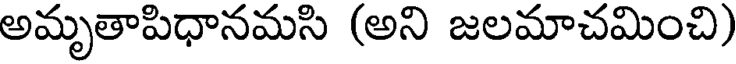
అమృతాపిధానమసి (అని జలమాచమించి)